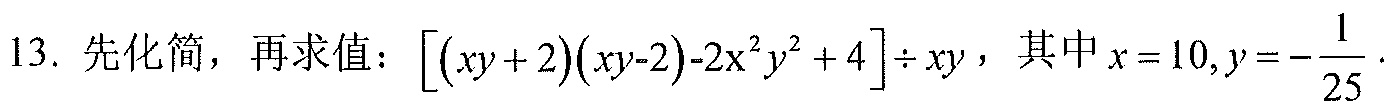
13. 先化简，再求值：\(\left[(xy + 2)(xy - 2)-2x^{2}y^{2}+4\right]\div xy\)，其中\(x = 10,y=-\dfrac{1}{25}\).